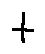
t